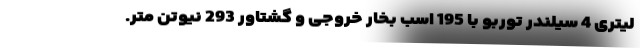
لیتری 4 سیلندر توربو با 195 اسب بخار خروجی و گشتاور 293 نیوتن متر.